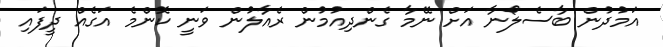
އަމުދުން ބާސެލޯނާ އަށް ނޭމާ ގެންދިއުމުން ރެއާލުން ވަނީ ކޮންމެ އަގެއް ދީފައި